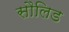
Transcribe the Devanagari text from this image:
सौलिड